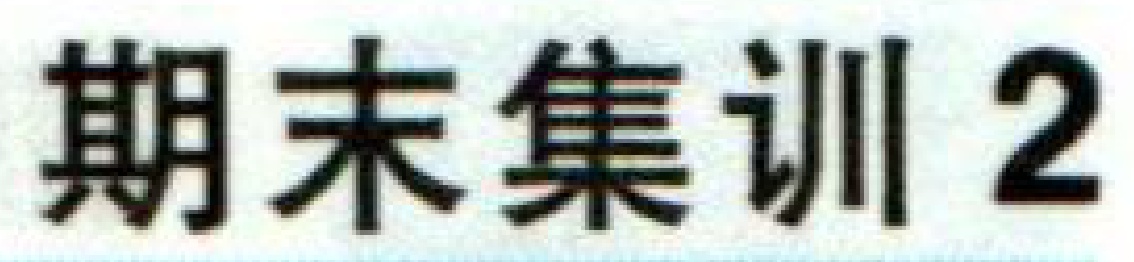
期末集训2